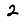
Digit: 2